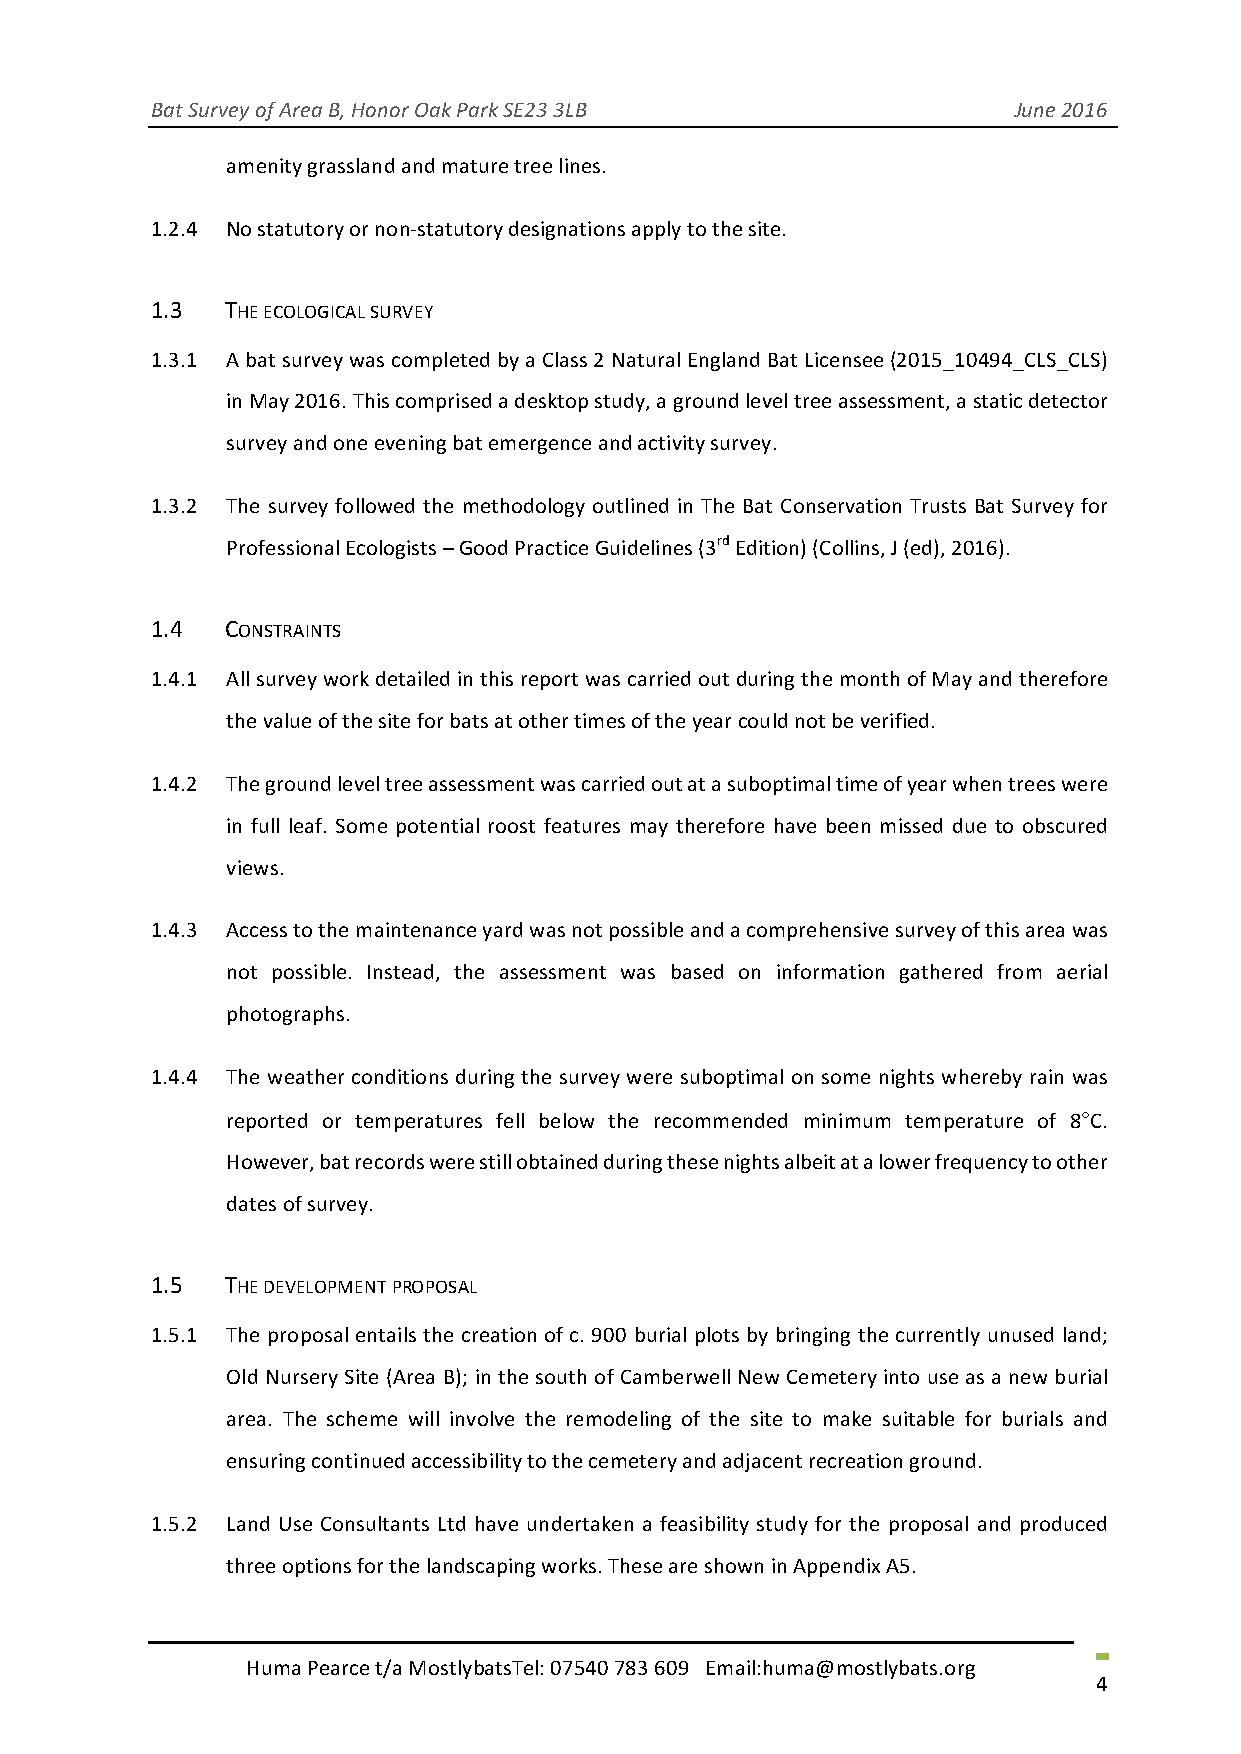
Bat Survey of Area B, Honor Oak Park SE23 3LB            June 2016
 amenity grassland and mature tree lines.
 1.2.4 No statutory or non-statutory designations apply to the site.
 1.3  THE ECOLOGICAL SURVEY
 1.3.1 A bat survey was completed by a Class 2 Natural England Bat Licensee (2015_10494_CLS_CLS)
 in May 2016. This comprised a desktop study, a ground level tree assessment, a static detector
 survey and one evening bat emergence and activity survey.
 1.3.2 The survey followed the methodology outlined in The Bat Conservation Trusts Bat Survey for
 Professional Ecologists – Good Practice Guidelines (3rd Edition) (Collins, J (ed), 2016).
 1.4  CONSTRAINTS
 1.4.1 All survey work detailed in this report was carried out during the month of May and therefore
 the value of the site for bats at other times of the year could not be verified.
 1.4.2 The ground level tree assessment was carried out at a suboptimal time of year when trees were
 in full leaf. Some potential roost features may therefore have been missed due to obscured
 views.
 1.4.3 Access to the maintenance yard was not possible and a comprehensive survey of this area was
 not possible. Instead, the assessment was based on information gathered from aerial
 photographs.
 1.4.4 The weather conditions during the survey were suboptimal on some nights whereby rain was
 reported or temperatures fell below the recommended minimum temperature of 8°C.
 However, bat records were still obtained during these nights albeit at a lower frequency to other
 dates of survey.
 1.5  THE DEVELOPMENT PROPOSAL
 1.5.1 The proposal entails the creation of c. 900 burial plots by bringing the currently unused land;
 Old Nursery Site (Area B); in the south of Camberwell New Cemetery into use as a new burial
 area. The scheme will involve the remodeling of the site to make suitable for burials and
 ensuring continued accessibility to the cemetery and adjacent recreation ground.
 1.5.2 Land Use Consultants Ltd have undertaken a feasibility study for the proposal and produced
 three options for the landscaping works. These are shown in Appendix A5.
 Huma Pearce t/a MostlybatsTel: 07540 783 609 Email:huma@mostlybats.org
 4